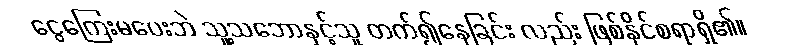
ငွေကြေးမပေးဘဲ သူ့သဘောနှင့်သူ တက်၍နေခြင်း လည်း ဖြစ်နိုင်စရာရှိ၏။